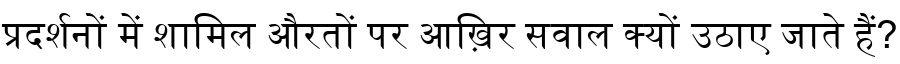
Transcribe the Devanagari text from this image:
प्रदर्शनों में शामिल औरतों पर आख़िर सवाल क्यों उठाए जाते हैं?